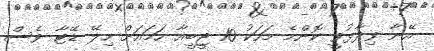
އޭނާ ވިދާޅުވީ ކޮންމެ މަހަކު 10 ޖީބީއާ ހަމައަށް ހިލޭ ޑޭޓާ ވެސް